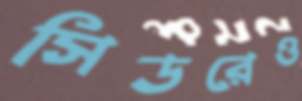
সিডরেও